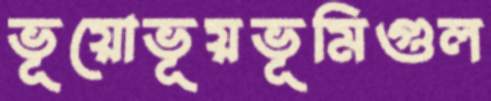
ভূয়োভূয়ভূমিগুল